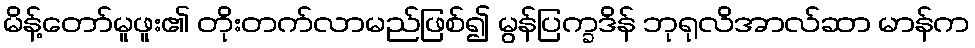
မိန့်တော်မူဖူး၏ တိုးတက်လာမည်ဖြစ်၍ မွန်ပြက္ခဒိန် ဘုရုလိအာလ်ဆာ မာန်က